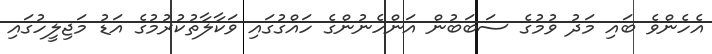
އެހެންވެ ބައި މަދު ވުމުގެ ސަބަބުން އަންހެނުންގެ ހައްގުގައި ވަކާލާތުކުރުމުގެ އަޑު މަޖިލީހުގައި